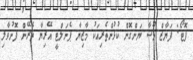
ފޮޓޯ: ފަޔާޒް މޫސާ ޔަންގޮން ކުޅުންތެރިއަކު މާޒިޔާ ޕެނަލްޓީ އޭރިޔާ ތެރޭން ފޮނުވާލި